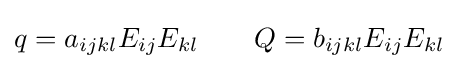
q=a_{ijkl}E_{ij}E_{kl}\qquad Q=b_{ijkl}E_{ij}E_{kl}